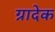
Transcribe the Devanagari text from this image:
ग्रादेक